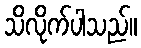
သိလိုက်ပါသည်။